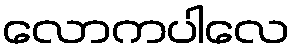
လောကပါလေ